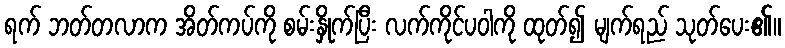
ရက် ဘတ်တလာက အိတ်ကပ်ကို စမ်းနှိုက်ပြီး လက်ကိုင်ပဝါကို ထုတ်၍ မျက်ရည် သုတ်ပေး၏။